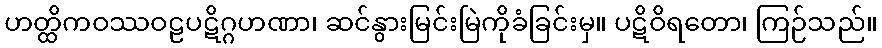
ဟတ္ထိကဝဿဝဠပဋိဂ္ဂဟဏာ၊ ဆင်နွားမြင်းမြဲကိုခံခြင်းမှ။ ပဋိဝိရတော၊ ကြဉ်သည်။